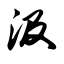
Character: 汲